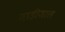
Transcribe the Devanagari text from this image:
नाड़ीजाल